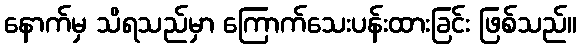
နောက်မှ သိရသည်မှာ ကြောက်သေးပန်းထားခြင်း ဖြစ်သည်။